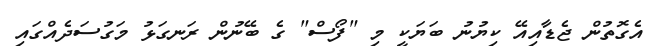
އެގޮތުން ޖެޑާއިއޭ ކިޔުނު ބަޔަކީ މި "ފޯސް" ގެ ބޭނުން ރަނގަޅު މަގުސަދެއްގައި